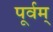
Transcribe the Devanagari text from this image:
पूर्वम्